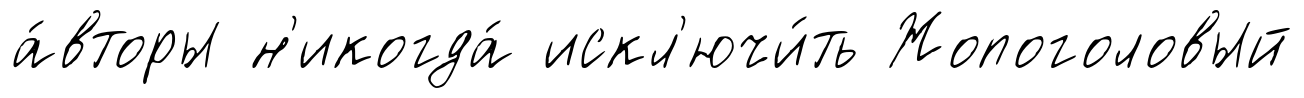
а́вторы н'икогда́ искл'ючи́ть Жопоголовый